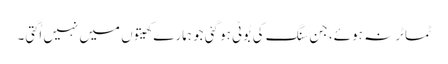
ٹماٹر نہ ہوئے، جن سنگ کی بُوٹی ہو گئی جو ہمارے کھیتوں میں نہیں اُگتی۔